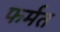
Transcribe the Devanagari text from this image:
फर्मत